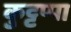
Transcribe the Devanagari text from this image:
कुट्टप्पा